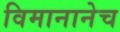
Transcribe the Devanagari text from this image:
विमानानेच